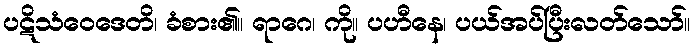
ပဋိသံဝေဒေတိ၊ ခံစား၏။ ရာဂေ၊ ကို။ ပဟီနေ၊ ပယ်အပ်ပြီးလတ်သော်။